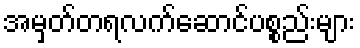
အမှတ်တရလက်ဆောင်ပစ္စည်းများ